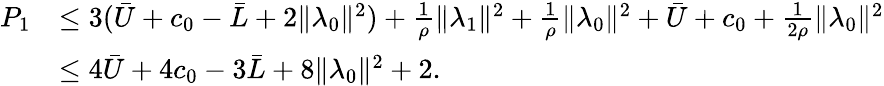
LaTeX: \begin{array}{rl}{P_{1}}&{\leq 3(\bar{U}+c_{0}-\bar{L}+2\| \lambda_{0}\| ^{2})+\frac{1}{\rho}\| \lambda_{1}\| ^{2}+\frac{1}{\rho}\| \lambda_{0}\| ^{2}+\bar{U}+c_{0}+\frac{1}{2\rho}\| \lambda_{0}\| ^{2}}\\ &{\leq 4\bar{U}+4c_{0}-3\bar{L}+8\| \lambda_{0}\| ^{2}+2.}\end{array}